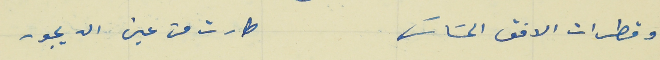
وقطرات الافق الحسَاسَ                                            طارت من عين الديجور